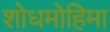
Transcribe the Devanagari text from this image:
शोधमोहिमा